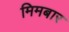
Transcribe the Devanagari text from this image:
मिमबार